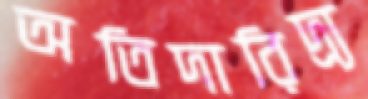
অতিদারিদ্র্য